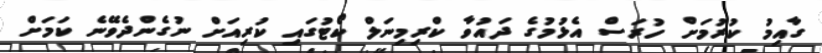
ގާއިމު ކުރުމަށް ހުރަސް އެޅުމުގެ ދައުވާ ކްރިމިނަލް ކޯޓުގައި ކުރިއަށް ނުގެންދެވޭނެ ކަމަށް